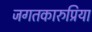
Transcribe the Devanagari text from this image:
जगतकारुप्रिया